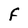
Character: F